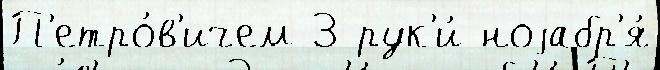
П'етро́в'ичем 3 рук'и́ ноjабр'я́